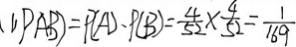
( 1 ) P A B ) = P ( A ) \cdot P ( B ) = \frac { 4 } { 5 2 } \times \frac { 4 } { 5 2 } = \frac { 1 } { 1 6 9 }